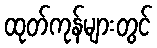
ထုတ်ကုန်များတွင်